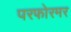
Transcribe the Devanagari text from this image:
परफोरमर